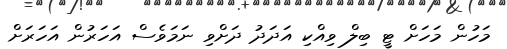
މަހުން މަހަށް ޓީ ބިލް ވިއްކި އަދަދު ދަށްވި ނަމަވެސް އަހަރުން އަހަރަށް